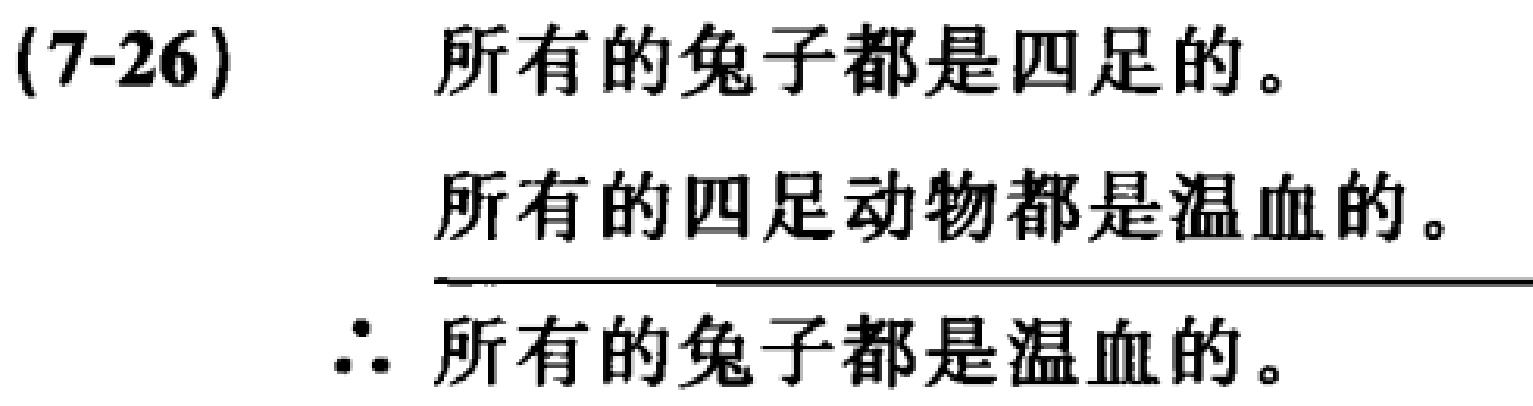
(7-26) 所有的兔子都是四足的。

所有的四足动物都是温血的。

\(\therefore\) 所有的兔子都是温血的。